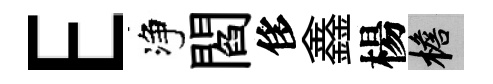
E净閻侈鑫楊檐